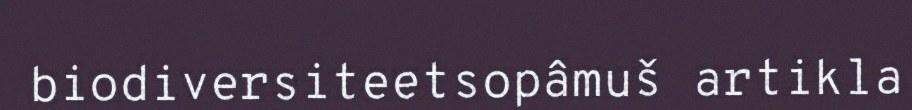
biodiversiteetsopâmuš artikla